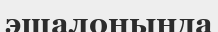
эшалонында